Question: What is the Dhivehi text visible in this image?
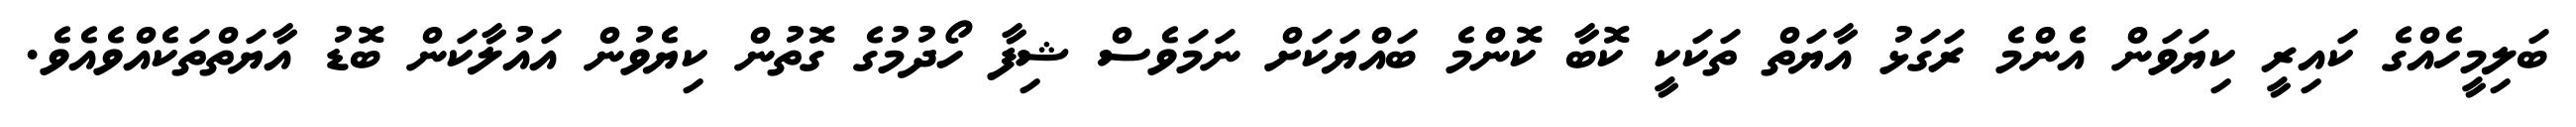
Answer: ބަލިމީހެއްގެ ކައިރީ ކިޔަވަން އެންމެ ރަގަޅު އާޔަތް ތަކަކީ ކޮބާ ކޮންމެ ބައްޔަކަށް ނަމަވެސް ޝިފާ ހޯދުމުގެ ގޮތުން ކިޔެވުން އައުލާކަން ބޮޑު އާޔަތްތަކެއްވެއެވެ.